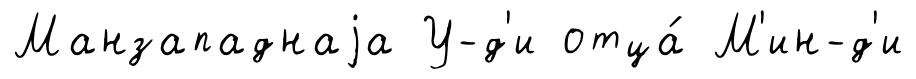
Манзападнаjа У-д'и отца́ М'ин-д'и